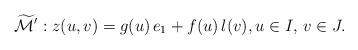
LaTeX: \begin{align*} \widetilde{\mathcal{M}}': z(u,v) = g(u) \,e_1 + f(u)\, l(v), u \in I, \, v \in J.\end{align*}